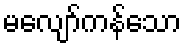
မလျော်ကန်သော